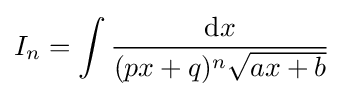
I_{n}=\int {\frac {{\text{d}}x}{(px+q)^{n}{\sqrt {ax+b}}}}\,\!